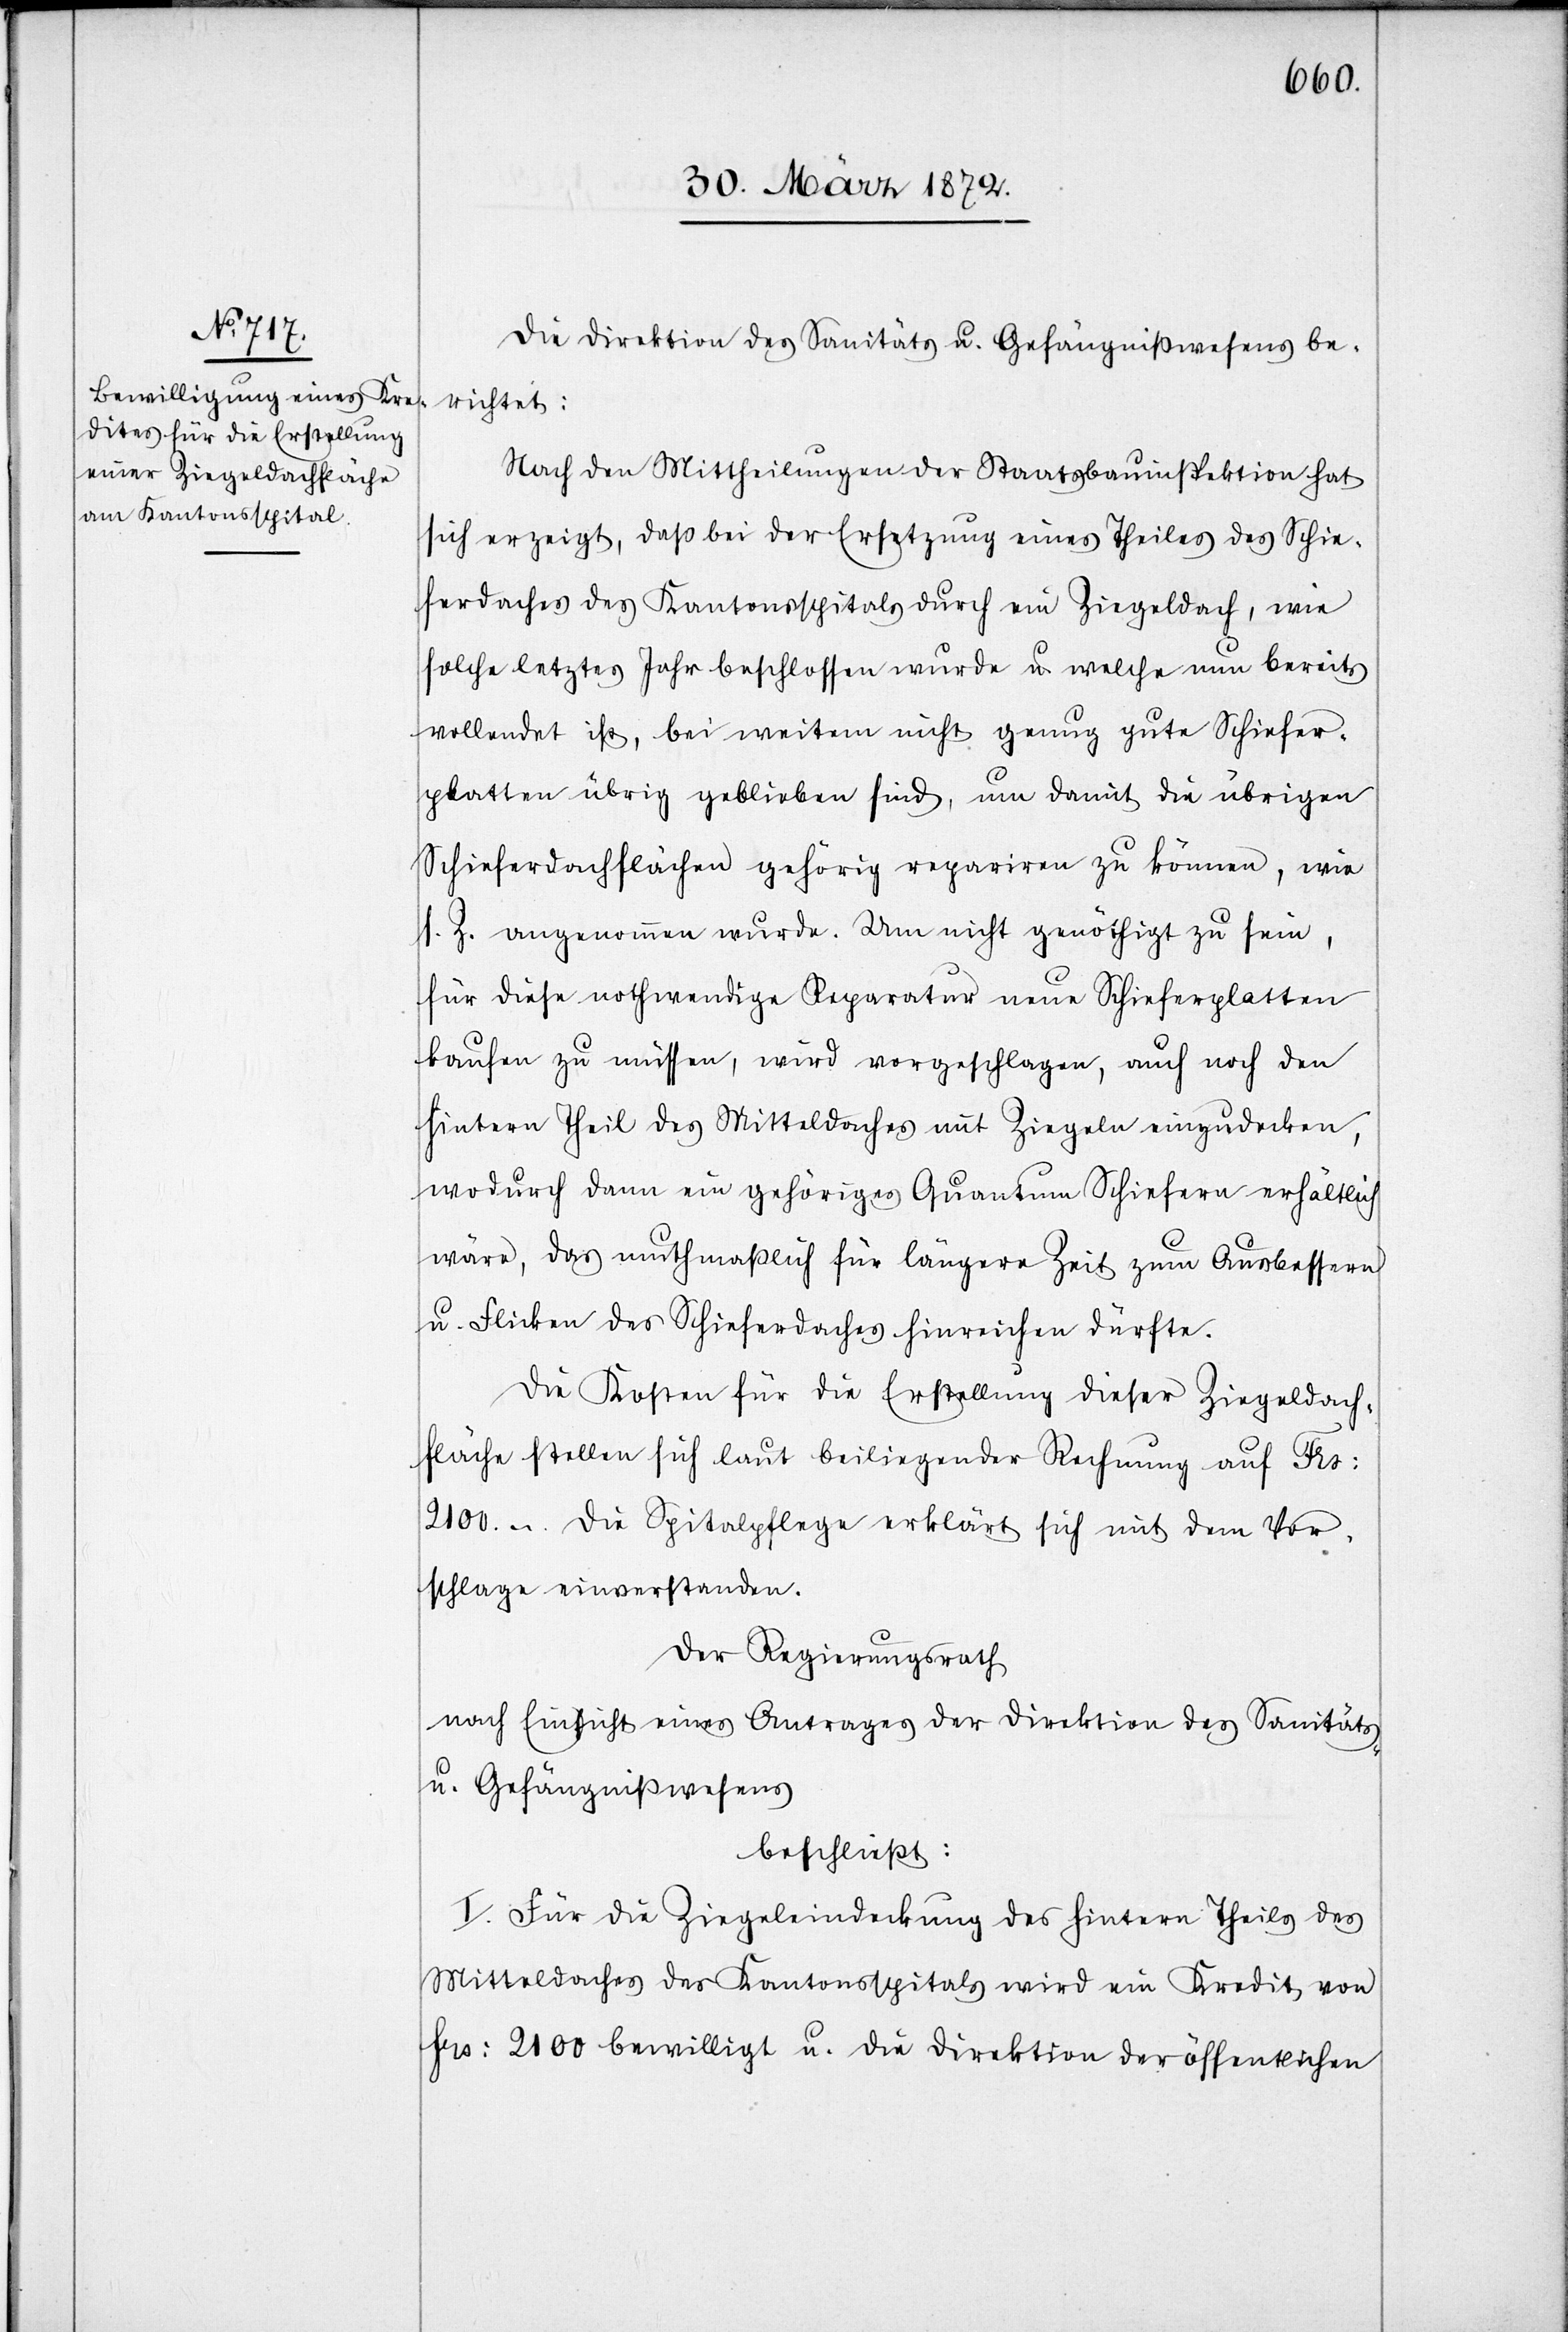
Die Direktion des Sanitäts[-] u. Gefängnißwesens be¬
richtet:
Nach den Mittheilungen der Staatsbauinspektion hat
sich erzeigt, daß bei der Ersetzung eines Theiles des Schie¬
ferdaches des Kantonsspitals durch ein Ziegeldach, wie
solche letztes Jahr beschlossen wurde u. welches nun bereits
vollendet ist, bei weitem nicht genug gute Schiefer¬
platten übrig geblieben sind, um damit die übrigen
Schieferdachflächen gehörig repariren zu können, wie
s. Z. angenommen wurde. Um nicht genöthigt zu sein,
für diese nothwendige Reparatur neue Schieferplatten
kaufen zu müssen, wird vorgeschlagen, auch noch den
hintern Theil des Mitteldaches mit Ziegeln einzudecken,
wodurch dann ein gehöriges Quantum Schiefern erhältlich
wäre, das muthmaßlich für längere Zeit zum Ausbessern
u. Flicken des Schieferdaches hinreichen dürfte.
Die Kosten für die Erstellung dieser Ziegeldach¬
fläche stellen sich laut beiliegender Rechnung auf Frs:
2100.-. Die Spitalpflege erklärt sich mit dem Vor¬
schlage einverstanden.
Der Regierungsrath
nach Einsicht eines Antrages der Direktion des Sanitäts-
u. Gefängnißwesens
beschließt:
I. Für die Ziegeleindeckung des hintern Theils des
Mitteldaches des Kantonsspitals wird ein Kredit von
frs: 2100 bewilligt u. die Direktion der öffentlichen